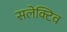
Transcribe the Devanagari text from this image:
सलेक्टिव